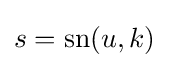
s=\operatorname {sn} (u,k)